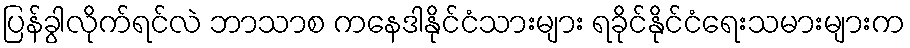
ပြန်ခွါလိုက်ရင်လဲ ဘာသာစ ကနေဒါနိုင်ငံသားများ ရခိုင်နိုင်ငံရေးသမားများက